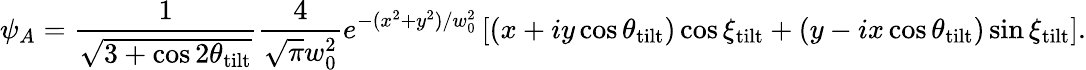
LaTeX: \psi_{A}=\frac{1}{\sqrt{3+\cos{2\theta_{\mathrm{tilt}}}}}\frac{4}{\sqrt{\pi}w_{0}^{2}}e^{-(x^{2}+y^{2})/w_{0}^{2}}\left[(x+iy\cos{\theta_{\mathrm{tilt}}})\cos{\xi_{\mathrm{tilt}}}+(y-ix\cos{\theta_{\mathrm{tilt}}})\sin{\xi_{\mathrm{tilt}}}\right].